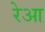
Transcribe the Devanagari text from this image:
रेआ